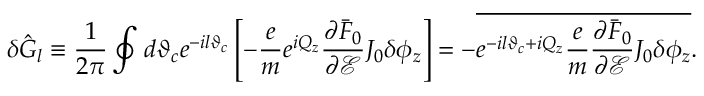
\delta \hat { G } _ { l } \equiv \frac { 1 } { 2 \pi } \oint d \vartheta _ { c } e ^ { - i l \vartheta _ { c } } \left[ - \frac { e } { m } e ^ { i Q _ { z } } \frac { \partial \bar { F } _ { 0 } } { \partial \mathcal { E } } J _ { 0 } \delta \phi _ { z } \right] = - \overline { { e ^ { - i l \vartheta _ { c } + i Q _ { z } } \frac { e } { m } \frac { \partial \bar { F } _ { 0 } } { \partial \mathcal { E } } J _ { 0 } \delta \phi _ { z } } } .